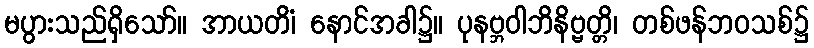
မပွားသည်ရှိသော်။ အာယတိံ၊ နောင်အခါ၌။ ပုနဗ္ဘဝါဘိနိဗ္ဗတ္တိ၊ တစ်ဖန်ဘဝသစ်၌